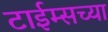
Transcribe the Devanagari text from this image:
टाईम्सच्या